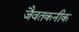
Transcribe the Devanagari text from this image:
जैवतकनीक